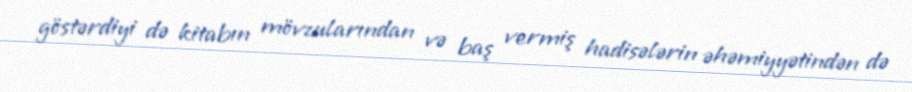
göstərdiyi də kitabın mövzularından və baş vermiş hadisələrin əhəmiyyətindən də